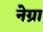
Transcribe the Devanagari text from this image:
नेग्रा